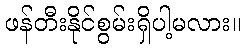
ဖန်တီးနိုင်စွမ်းရှိပါ့မလား။